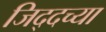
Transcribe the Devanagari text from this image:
जिद्दच्या